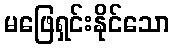
မဖြေရှင်းနိုင်သော